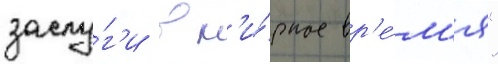
заслу́г'и в м'и́рное вр'е́м'я"